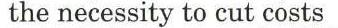
the necessity to cut costs